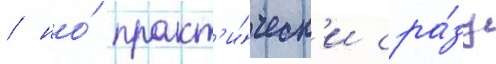
/ но́ практ'и́ческ'и сра́зу